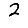
Digit: 2